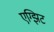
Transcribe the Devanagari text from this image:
एग्झिट